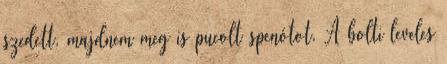
szedett, majdnem meg is pucolt spenótot. A bolti leveles